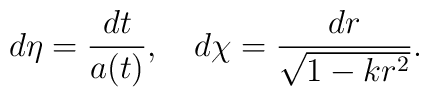
d\eta = {dt\over a(t)},~~~d\chi = {dr\over\sqrt{1-kr^2}}.